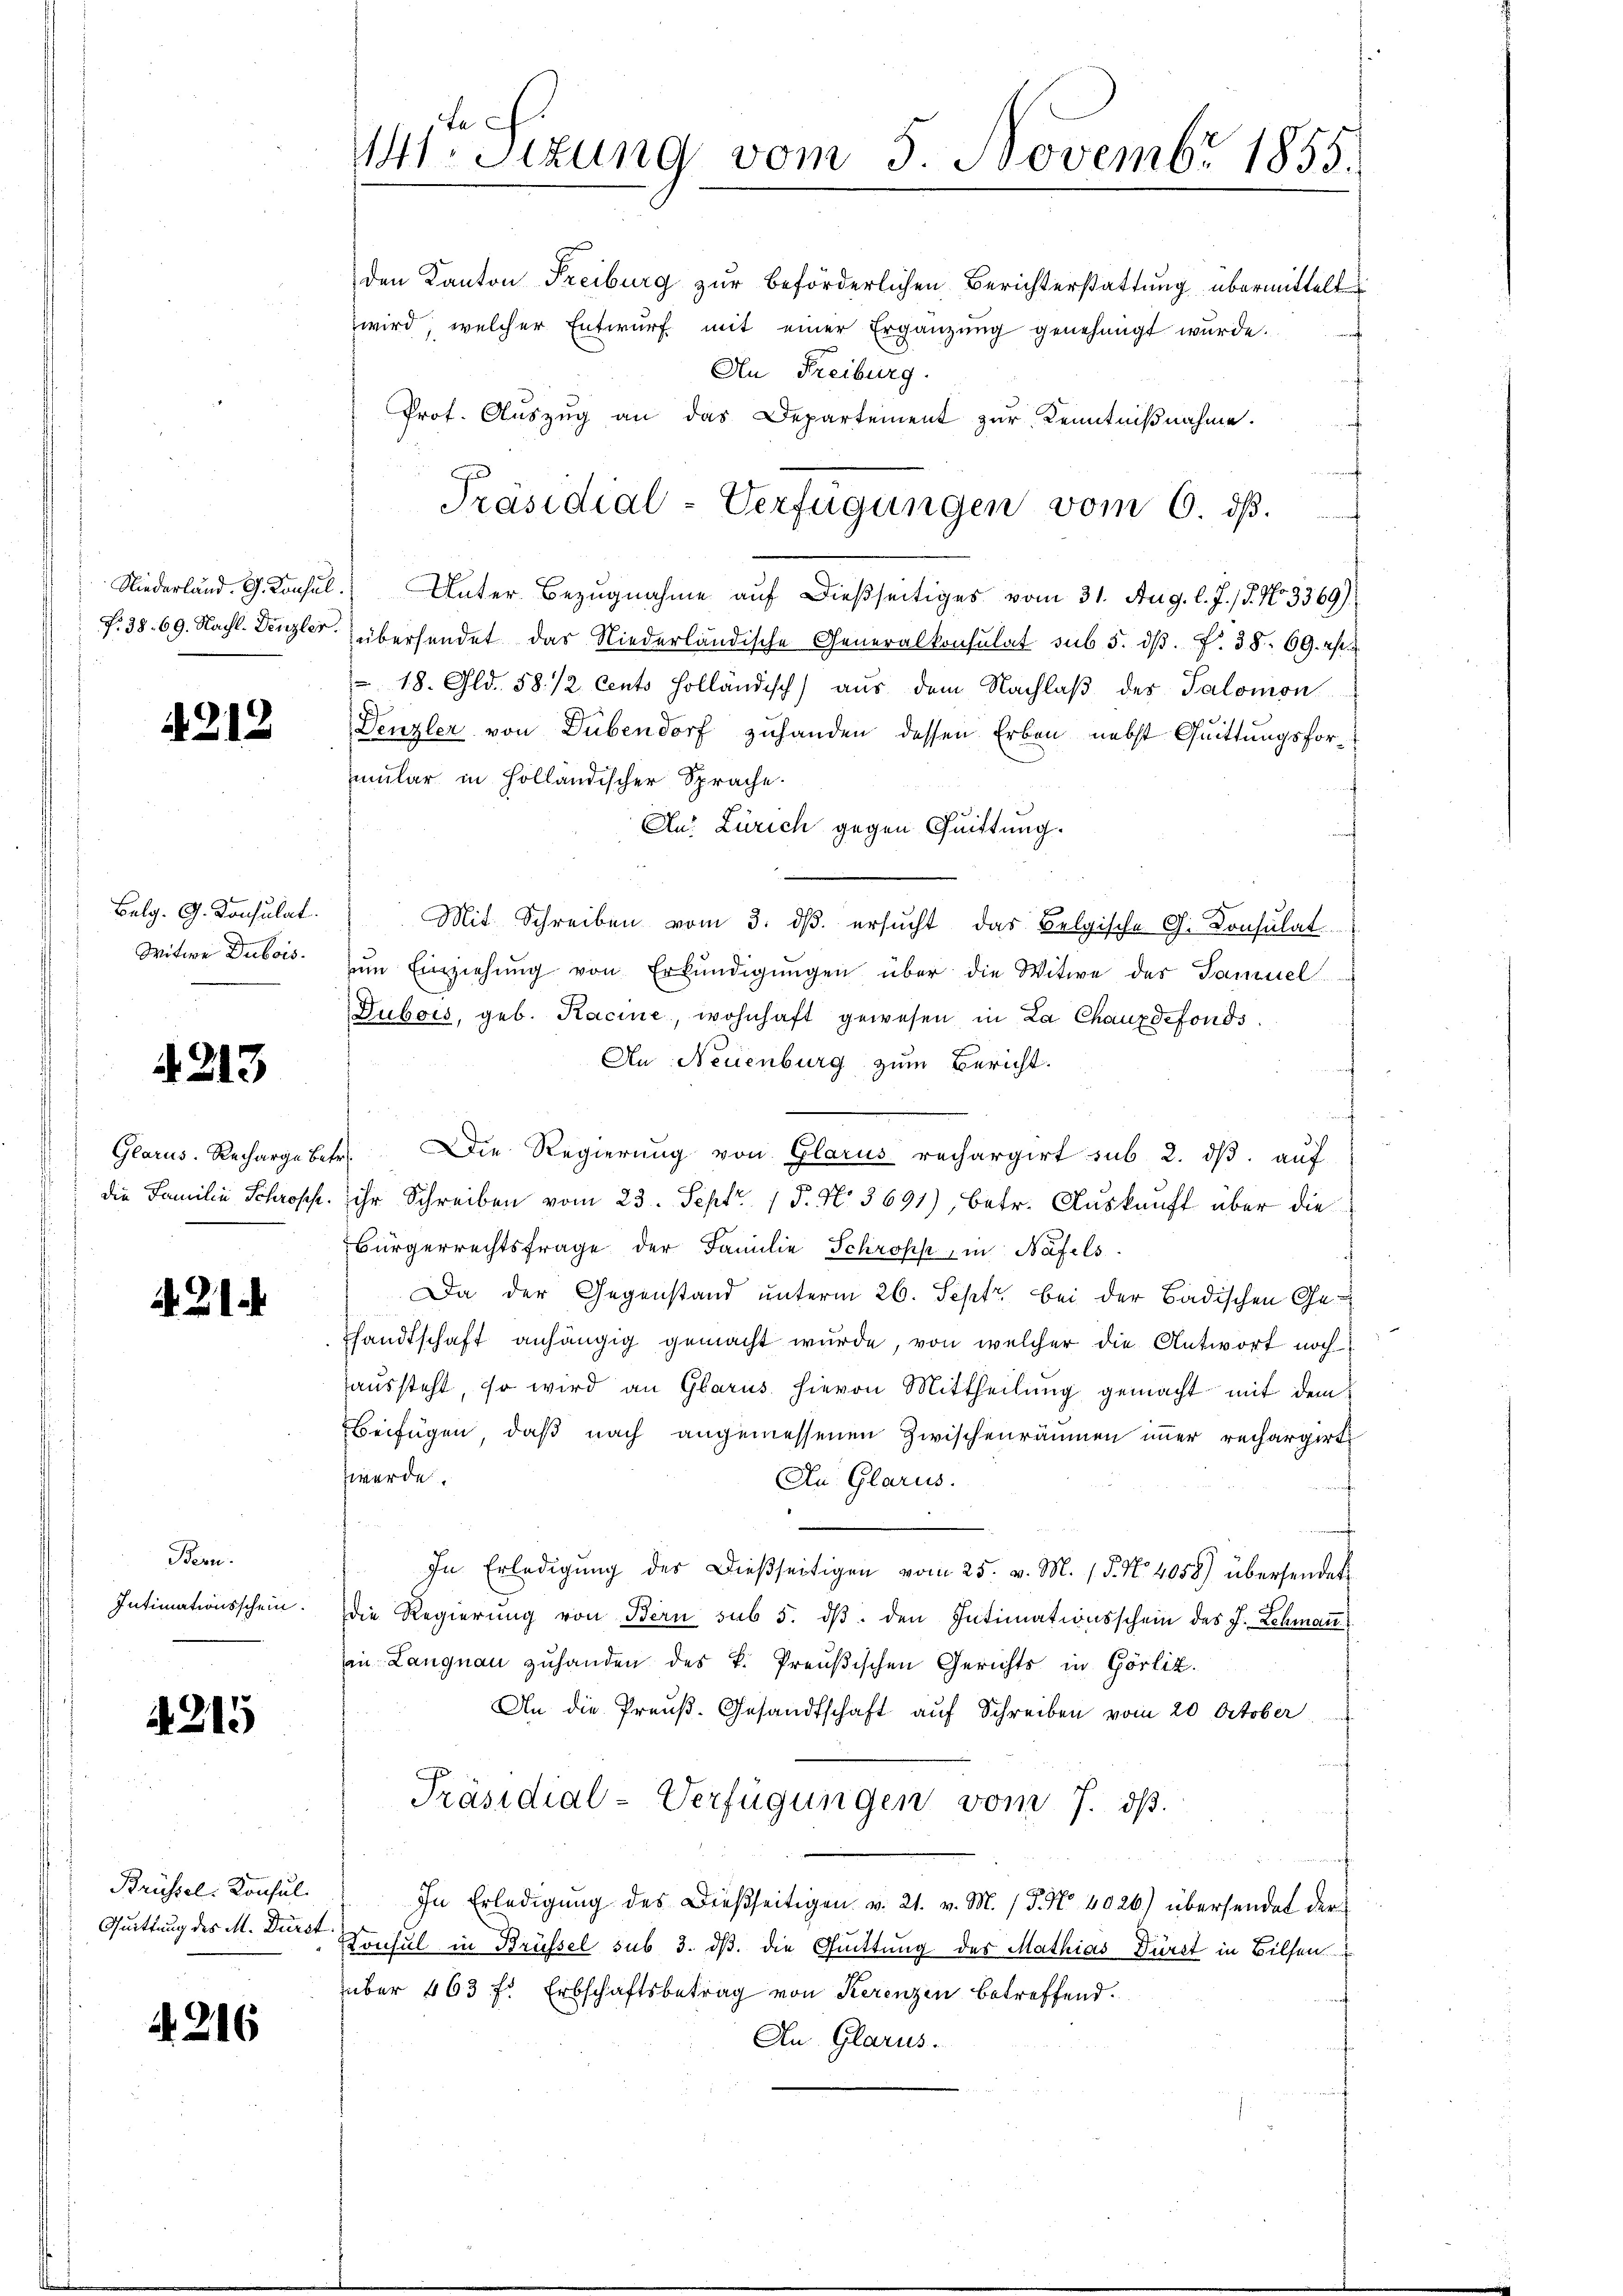
Niederland. G. Konsul
f. 38. 69. Nachl. Denzler.

4212

Belg. G. Konsulat
Witwe Dubois.

A 213

Glarus. Recharge bet
die Familie Schroffe.

A. 21

Bern.
Intimationsschein.

4215

Brüssel. Konsul-
Quittung des M. Dürst

A 216

4ter Sizung vom 5. Novembr 1855.

den Kanton Freiburg zur beförderlichen Berichterstattung übermittelt
wird, welcher Entwurf mit einer Ergänzung genehmigt wurde.
An Freiburg.
Prot. Auszug an das Departement zur Kenntnißnahme.
f
) Unter Bezugnahme auf dießseitiges vom 31. Aug. l. J. / 5. No 3369)
übersendet das Niederländische Generalkonsulat sub 3. dβ. f. 38. 69. Es
 18. Gld. 58/2 Cento holländisch) aus dem Nachlaß des Salomon
Denzler von Dübendorf zuhanden dessen Erben nebst Quittungsformular in Holländischer Sprache.
An: Zürich gegen Quittung.
Mit Schreiben vom 3. dβ. ersŭcht das Belgische G. Consulat
zŭm Einziehung von Erkundigungen über die Witwe des Samuel
Dubois, geb. Kacine, wohnhaft gewesen in La Chauxdefonds.
An Neuenburg zum Bericht.
 Die Regierung von Glarus rechargirt sub. 2. dβ aŭf
ihr Schreiben vom 23. Sept. 15. No. 3691), betr. Auskunft über die
Bürgerrechtsfrage der Familie Schröpf, in Näfels
Da der Gegenstand unterm 26. Sept bei der Badischen Geshandtschaft anhängig gemacht wurde, von welcher die Antwort noch
aussteht, so wird an Glarus hievon Mittheilung gemacht mit dem
Beifügen, daß nach angemessenen Zwischenräumen immer rechargirte
werde.
An Glarus.
In Erledigŭng des dießseitigen vom 25. v. M. 15. No. 4058) übersendet
die Regierung von Bern sub 5. dβ. den Intimationsschein des J. Lehman
an Langnau zuhanden des k. Preußischen Gerichts in Görlit
An die Preuß. Gesandtschaft auf Schreiben vom 20 October
Präsidial-Verfügungen vom 7. ds.
In Erledigung des Dießseitigen v. 21. v. M. 15. No 4026.) übersendet der
Konsul in Brüssel sub 3. ds. die Quittung des Mathias Dürst in Billen
über 463 f. Erbschaftsbetrag von Kerenzen betreffend.
An Glarus.

Präsidial-Verfügungen vom 6. ds.